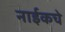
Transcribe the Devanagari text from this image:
नाईकचे